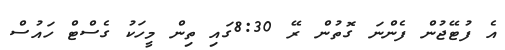
އެ ފުޓޭޖުން ފެންނަ ގޮތުން ރޭ 8:30ގައި ތިން މީހަކު ގެސްޓް ހައުސް